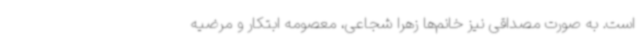
است‌. به صورت مصداقی نیز خانم‌ها زهرا شجاعی، معصومه ابتکار و مرضیه